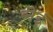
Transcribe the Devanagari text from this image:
ब्नेई